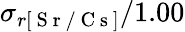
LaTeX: \sigma_{r[\mathrm{~S~r~/~C~s~}]}/1.00